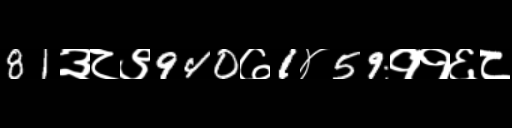
Text: 81३८९940७1४59११६८